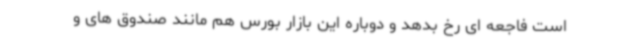
است فاجعه ای رخ بدهد و دوباره این بازار بورس هم مانند صندوق های و